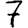
Digit: 7